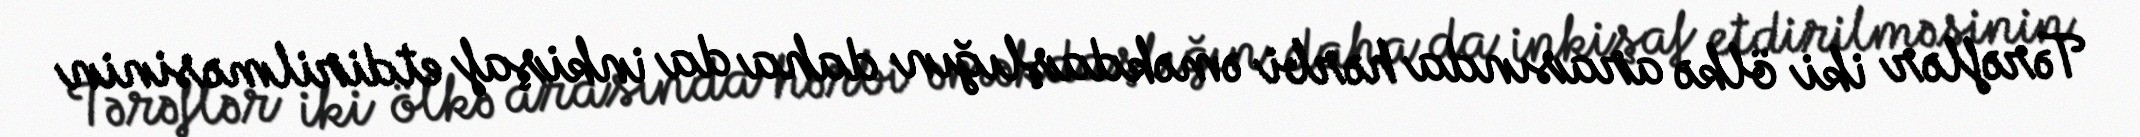
Tərəflər iki ölkə arasında hərbi əməkdaşlığın daha da inkişaf etdirilməsinin